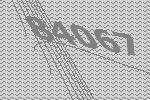
84067